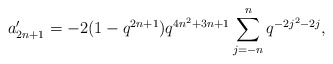
\begin{align*} a'_{2n+1} = -2(1-q^{2n+1})q^{4n^2+3n+1}\sum_{j=-n}^{n}q^{-2j^2-2j},\end{align*}